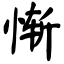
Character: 惭